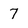
Character: 7